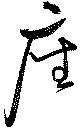
座